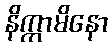
နိက္ကာမိနော